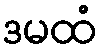
ဒမထံ